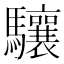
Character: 驤